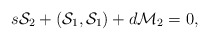
\begin{align*}s{\cal S}_2+({\cal S}_1,{\cal S}_1)+d{\cal M}_2=0,\end{align*}